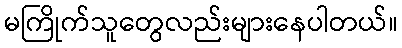
မကြိုက်သူတွေလည်းများနေပါတယ်။